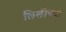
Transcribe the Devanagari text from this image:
लिलीच्या